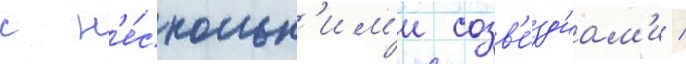
с н'е́скольк'им'и созв'е́зд'иам'и /